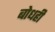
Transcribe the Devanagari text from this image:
बोधही